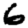
Digit: 6